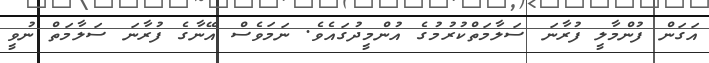
އަގަން ފުންމާލީ ފުރާނަ ސަލާމަތްކުރުމުގެ އުންމީދުގައެވެ. ނަމަވެސް އޭނާގެ ފުރާނަ ސަލާމަތް ނުވީ